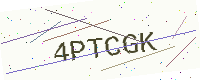
Text: 4PTCGK